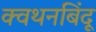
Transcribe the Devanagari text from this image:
क्वथनबिंदू